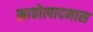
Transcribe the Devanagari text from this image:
स्रावोत्पादनास